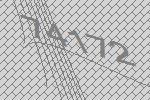
74172